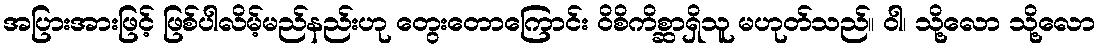
အပြားအားဖြင့် ဖြစ်ပါလိမ့်မည်နည်းဟု တွေးတောကြောင်း ဝိစိကိစ္ဆာရှိသူ မဟုတ်သည်။ ဝါ၊ သို့လော သို့လော